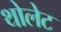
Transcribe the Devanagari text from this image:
थोलेट